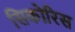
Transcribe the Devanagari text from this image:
सिकोरिस